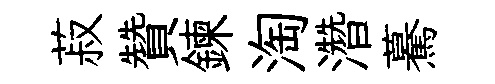
菽贊鍊淘濳驀